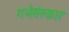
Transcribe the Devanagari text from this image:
गर्भसंस्कार